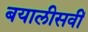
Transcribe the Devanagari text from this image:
बयालीसवीं